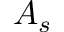
A _ { s }